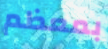
بمعظم